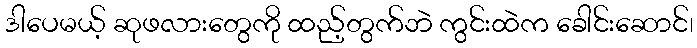
ဒါပေမယ့် ဆုဖလားတွေကို ထည့်တွက်ဘဲ ကွင်းထဲက ခေါင်းဆောင်၊